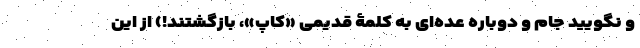
و نگویید جام و دوباره عده‌ای به کلمۀ قدیمی «کاپ»، بازگشتند!) از این